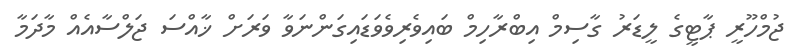
ޖުމްހޫރީ ޕާޓީގެ ލީޑަރު ގާސިމް އިބްރާހިމް ބައިވެރިވެވަޑައިގަންނަވާ ވަރަށް ޚާއްސަ ޖަލްސާއެއް މާދަމާ